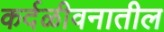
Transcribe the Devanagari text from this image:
कर्दळीवनातील